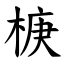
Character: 椩